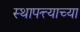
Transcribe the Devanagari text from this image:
स्थापत्त्याच्या